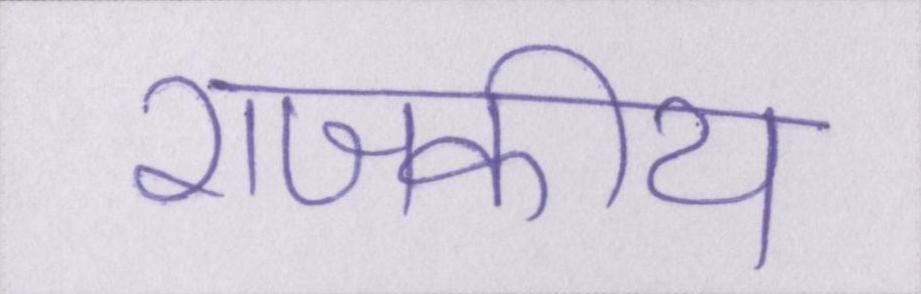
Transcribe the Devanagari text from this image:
राजकीय